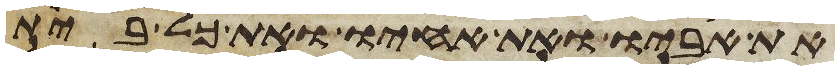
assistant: את אביו ואת אחיו ואת כל בית